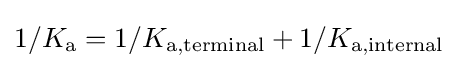
1/K_{\text{a}}=1/K_{{\text{a}},{\text{terminal}}}+1/K_{{\text{a}},{\text{internal}}}